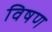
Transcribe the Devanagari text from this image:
विषण